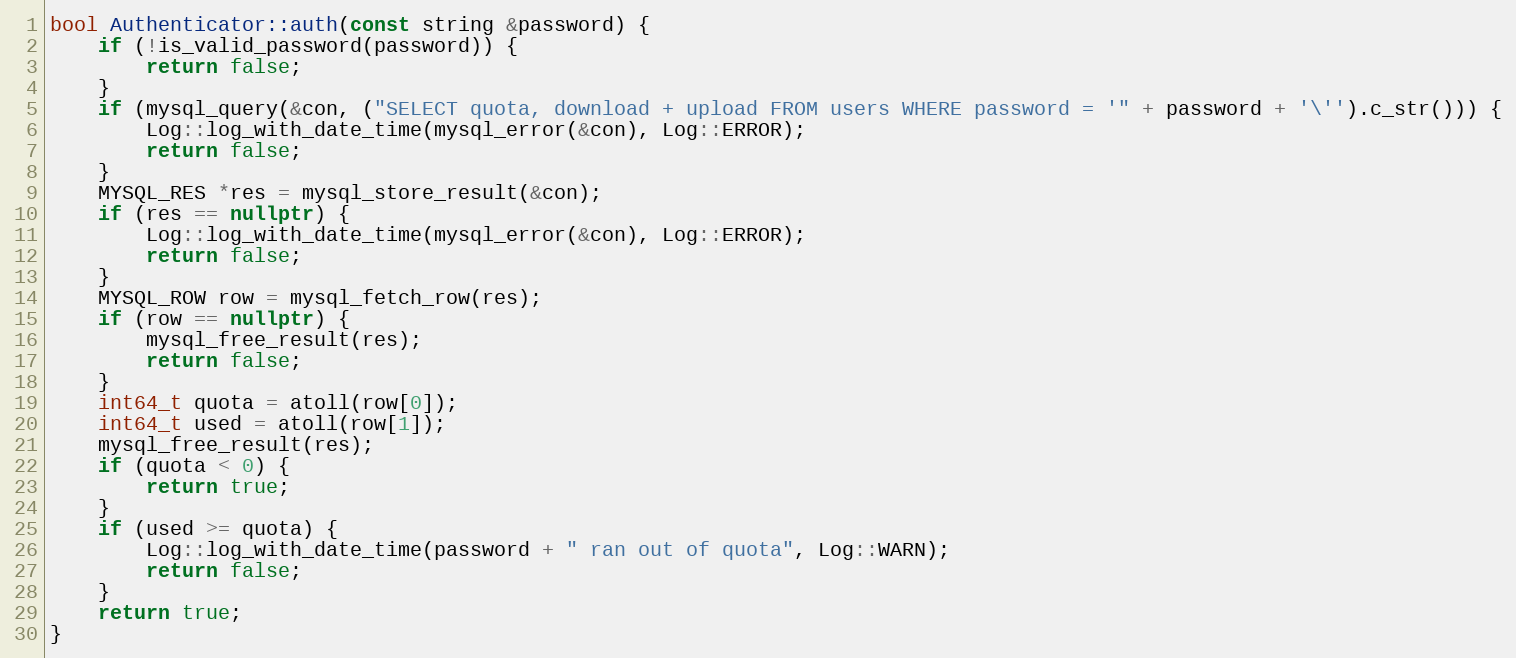
Language: C++
bool Authenticator::auth(const string &password) {
    if (!is_valid_password(password)) {
        return false;
    }
    if (mysql_query(&con, ("SELECT quota, download + upload FROM users WHERE password = '" + password + '\'').c_str())) {
        Log::log_with_date_time(mysql_error(&con), Log::ERROR);
        return false;
    }
    MYSQL_RES *res = mysql_store_result(&con);
    if (res == nullptr) {
        Log::log_with_date_time(mysql_error(&con), Log::ERROR);
        return false;
    }
    MYSQL_ROW row = mysql_fetch_row(res);
    if (row == nullptr) {
        mysql_free_result(res);
        return false;
    }
    int64_t quota = atoll(row[0]);
    int64_t used = atoll(row[1]);
    mysql_free_result(res);
    if (quota < 0) {
        return true;
    }
    if (used >= quota) {
        Log::log_with_date_time(password + " ran out of quota", Log::WARN);
        return false;
    }
    return true;
}